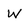
Character: W